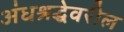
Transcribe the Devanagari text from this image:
अंधश्रद्धेवरील